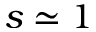
s \simeq 1